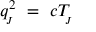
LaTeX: q _ { \! _ { J } } ^ { 2 } \ = \ c T _ { \! _ { J } }